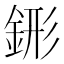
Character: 䤯